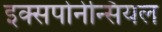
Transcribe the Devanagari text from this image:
इक्सपोनेन्सियल